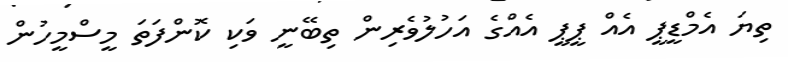
ތިޔަ އެމްޑީޕީ އެއް ޕީޕީ އެއްގެ އަހުލުވެރިން ތިބޭނީ ވަކި ކޮންފަތަ މީސްމީހުން